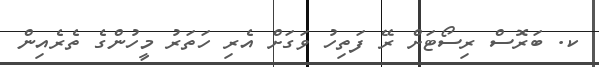
ކ. ބަރޮސް ރިސޯޓަށް ރޭ ފަތިހު ވަގަށް އެރި ހަތަރު މީހުންގެ ތެރެއިން